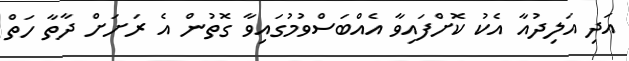
އަދި އަލިދުއާ އެކު ކޮށްފައިވާ އެއްބަސްވުމުގައިވާ ގޮތުން އެ ރަށަށް ދާތާ ހަތް